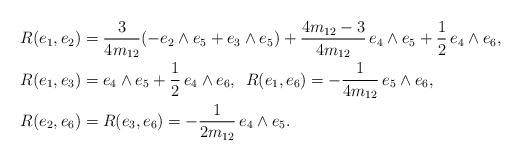
LaTeX: \begin{align*}R(e_1,e_2) & = \frac{3}{4m_{12}}(-e_2\wedge e_5 + e_3\wedge e_5) + \frac{ 4m_{12}-3}{4m_{12}}\, e_4\wedge e_5 + \frac{1}{2}\,e_4\wedge e_6,\\ R(e_1,e_3) &= e_4\wedge e_5 + \frac{1}{2}\, e_4\wedge e_6 ,\enskip R(e_1,e_6) = -\frac{1}{4m_{12}}\, e_5\wedge e_6, \\ R(e_2, e_6) &= R(e_3, e_6) = -\frac{1}{2m_{12}}\,e_4\wedge e_5.\end{align*}